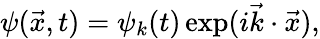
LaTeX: \psi({\vec{x}},t)=\psi_{k}(t)\exp(i{\vec{k}}\cdot{\vec{x}}),